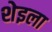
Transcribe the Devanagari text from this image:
शेइला